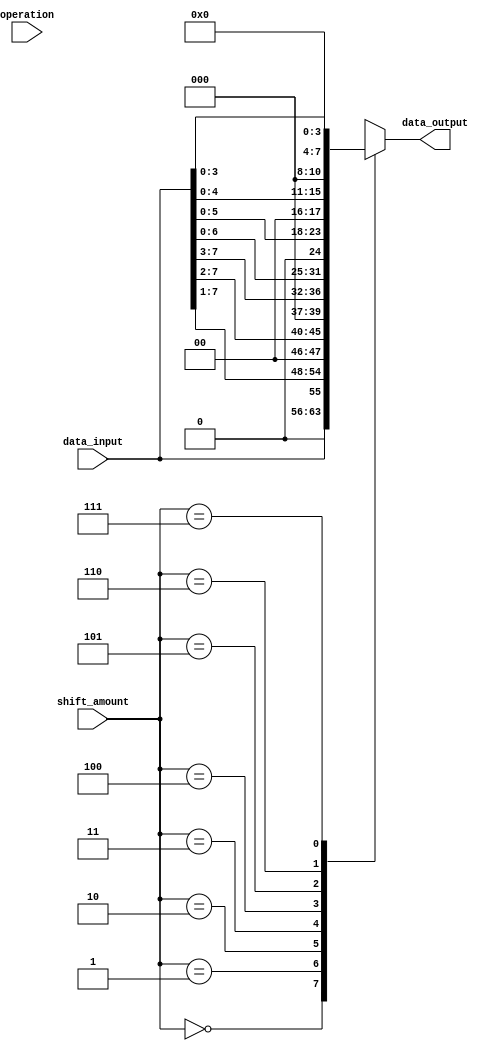
module barrel_shifter (
    input wire [7:0] data_input,
    input wire [2:0] shift_amount,
    input wire operation,
    output reg [7:0] data_output
);

always @(*) begin
    case (shift_amount)
        3'b000: data_output = data_input >> 0;
        3'b001: data_output = data_input >> 1;
        3'b010: data_output = data_input >> 2;
        3'b011: data_output = data_input >> 3;
        3'b100: data_output = data_input << 1;
        3'b101: data_output = data_input << 2;
        3'b110: data_output = data_input << 3;
        3'b111: data_output = data_input << 4;
    endcase
end

endmodule